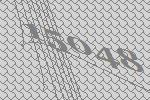
15048